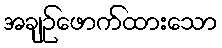
အချဉ်ဖောက်ထားသော